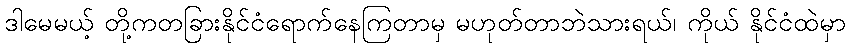
ဒါမေမယ့် တို့ကတခြားနိုင်ငံရောက်နေကြတာမှ မဟုတ်တာဘဲသားရယ်၊ ကိုယ် နိုင်ငံထဲမှာ